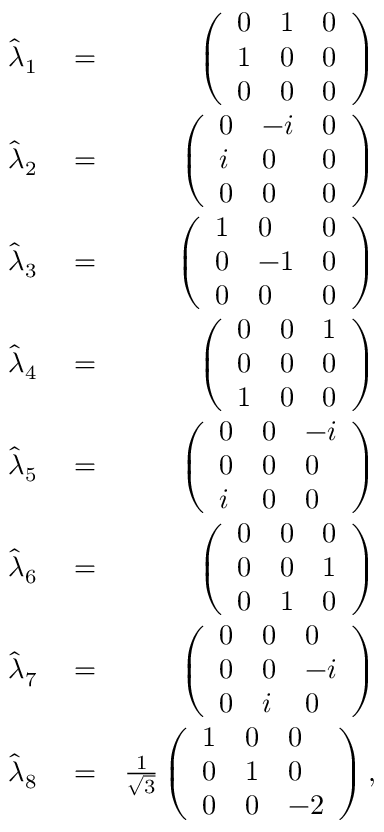
\begin{array} { r l r } { \hat { \lambda } _ { 1 } } & { { } = } & { \left( \begin{array} { l l l } { 0 } & { 1 } & { 0 } \\ { 1 } & { 0 } & { 0 } \\ { 0 } & { 0 } & { 0 } \end{array} \right) } \\ { \hat { \lambda } _ { 2 } } & { { } = } & { \left( \begin{array} { l l l } { 0 } & { - i } & { 0 } \\ { i } & { 0 } & { 0 } \\ { 0 } & { 0 } & { 0 } \end{array} \right) } \\ { \hat { \lambda } _ { 3 } } & { { } = } & { \left( \begin{array} { l l l } { 1 } & { 0 } & { 0 } \\ { 0 } & { - 1 } & { 0 } \\ { 0 } & { 0 } & { 0 } \end{array} \right) } \\ { \hat { \lambda } _ { 4 } } & { { } = } & { \left( \begin{array} { l l l } { 0 } & { 0 } & { 1 } \\ { 0 } & { 0 } & { 0 } \\ { 1 } & { 0 } & { 0 } \end{array} \right) } \\ { \hat { \lambda } _ { 5 } } & { { } = } & { \left( \begin{array} { l l l } { 0 } & { 0 } & { - i } \\ { 0 } & { 0 } & { 0 } \\ { i } & { 0 } & { 0 } \end{array} \right) } \\ { \hat { \lambda } _ { 6 } } & { { } = } & { \left( \begin{array} { l l l } { 0 } & { 0 } & { 0 } \\ { 0 } & { 0 } & { 1 } \\ { 0 } & { 1 } & { 0 } \end{array} \right) } \\ { \hat { \lambda } _ { 7 } } & { { } = } & { \left( \begin{array} { l l l } { 0 } & { 0 } & { 0 } \\ { 0 } & { 0 } & { - i } \\ { 0 } & { i } & { 0 } \end{array} \right) } \\ { \hat { \lambda } _ { 8 } } & { { } = } & { \frac { 1 } { \sqrt { 3 } } \left( \begin{array} { l l l } { 1 } & { 0 } & { 0 } \\ { 0 } & { 1 } & { 0 } \\ { 0 } & { 0 } & { - 2 } \end{array} \right) , } \end{array}